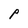
Character: p